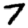
Digit: 7